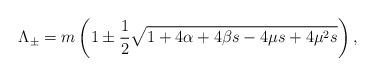
LaTeX: \begin{align*}\Lambda_\pm = m\left(1\pm\frac12\sqrt{ 1+4\alpha+4\beta s - 4\mu s+4\mu^2 s }\right),\end{align*}